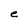
Character: e